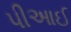
પીઆઈ